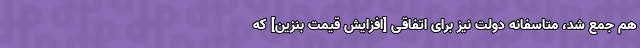
هم جمع شد،‌ متاسفانه دولت نیز برای اتفاقی [افزایش قیمت بنزین] که